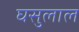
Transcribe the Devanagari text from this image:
घसुलाल